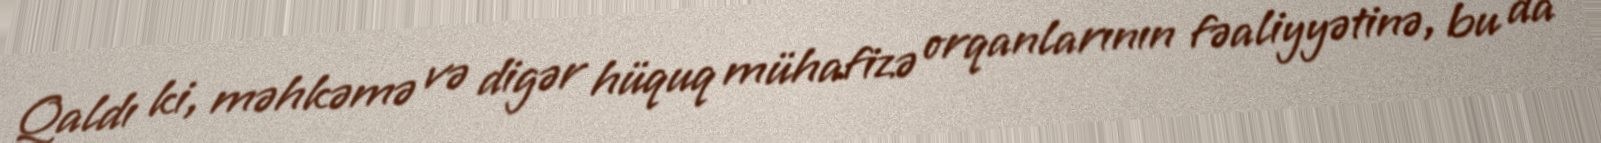
Qaldı ki, məhkəmə və digər hüquq mühafizə orqanlarının fəaliyyətinə, bu da